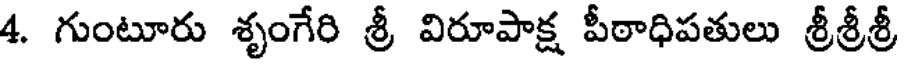
4. గుంటూరు శృంగేరి శ్రీ విరూపాక్ష పీఠాధిపతులు శ్రీశ్రీశ్రీ